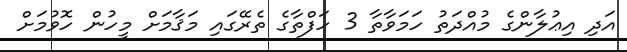
އަދި އިޢުލާންގެ މުއްދަތު ހަމަވާތާ 3 ހަފްތާގެ ތެރޭގައި މަޤާމަށް މީހުން ހޮވުމަށް